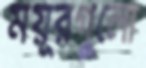
ময়ূরগুলো